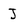
Character: J